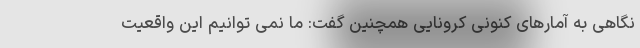
نگاهی به آمارهای کنونی کرونایی همچنین گفت: ما نمی توانیم این واقعیت